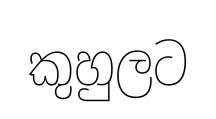
කුහුලට